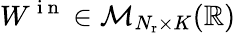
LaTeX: W^{\mathrm{~i~n~}}\in{\cal M}_{N_{\mathrm{r}}\times K}(\mathbb{R})